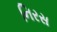
નિરસ